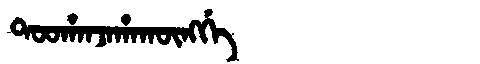
Manchu: ᡨᠣᠣᡥᠠᠨᠵᠠᡥᠠᡴᡡᠩᡤᡝ
Romanization: TOOHANJAHAKŪNGGE